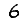
Digit: 6